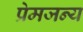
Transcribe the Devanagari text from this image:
प्रेमजन्य